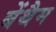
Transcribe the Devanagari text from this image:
बेंथैम